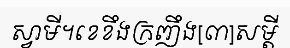
ស្វាមី។ខេខឹងក្រញឹង[៣]សម្តី